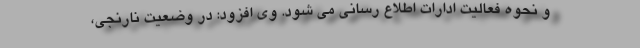
و نحوه فعالیت ادارات اطلاع رسانی می شود. وی افزود: در وضعیت نارنجی،